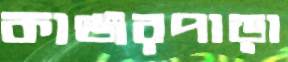
কাঞ্জরপাড়া